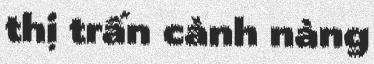
thị trấn cành nàng